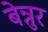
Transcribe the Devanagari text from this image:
बेन्नुर